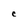
Character: c